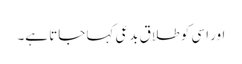
اور اسی کو طلاق بدعی کہا جاتا ہے۔